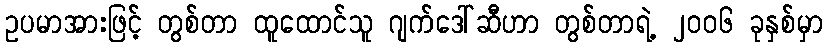
ဥပမာအားဖြင့် တွစ်တာ ထူထောင်သူ ဂျက်ဒေါ်ဆီဟာ တွစ်တာရဲ့ ၂၀၀၆ ခုနှစ်မှာ